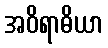
အဝိရာဓိယာ